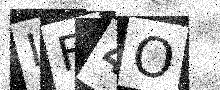
Text: LF4O